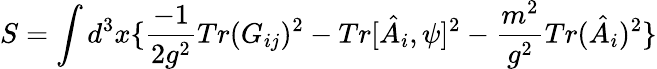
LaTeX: S=\int d^{3}x\{ \frac{-1}{2g^{2}}Tr(G_{ij})^{2}-Tr[\hat{A}_{i},\psi]^{2}-\frac{m^{2}}{g^{2}}Tr(\hat{A}_{i})^{2}\}